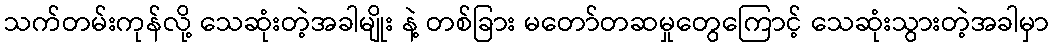
သက်တမ်းကုန်လို့ သေဆုံးတဲ့အခါမျိုး နဲ့ တစ်ခြား မတော်တဆမှုတွေကြောင့် သေဆုံးသွားတဲ့အခါမှာ